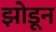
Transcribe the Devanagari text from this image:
झोडून